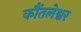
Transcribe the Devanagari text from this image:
कौंतलेश्वर